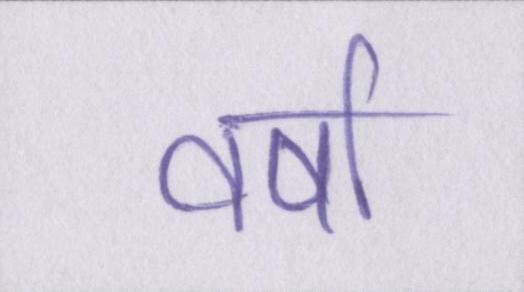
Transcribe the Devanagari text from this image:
वर्षा